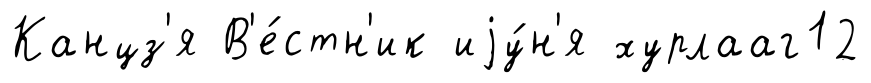
Канцз'я В'е́стн'ик иjу́н'я хурлааг12